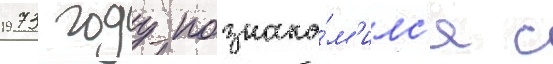
1973 году познако́м'илс'я с